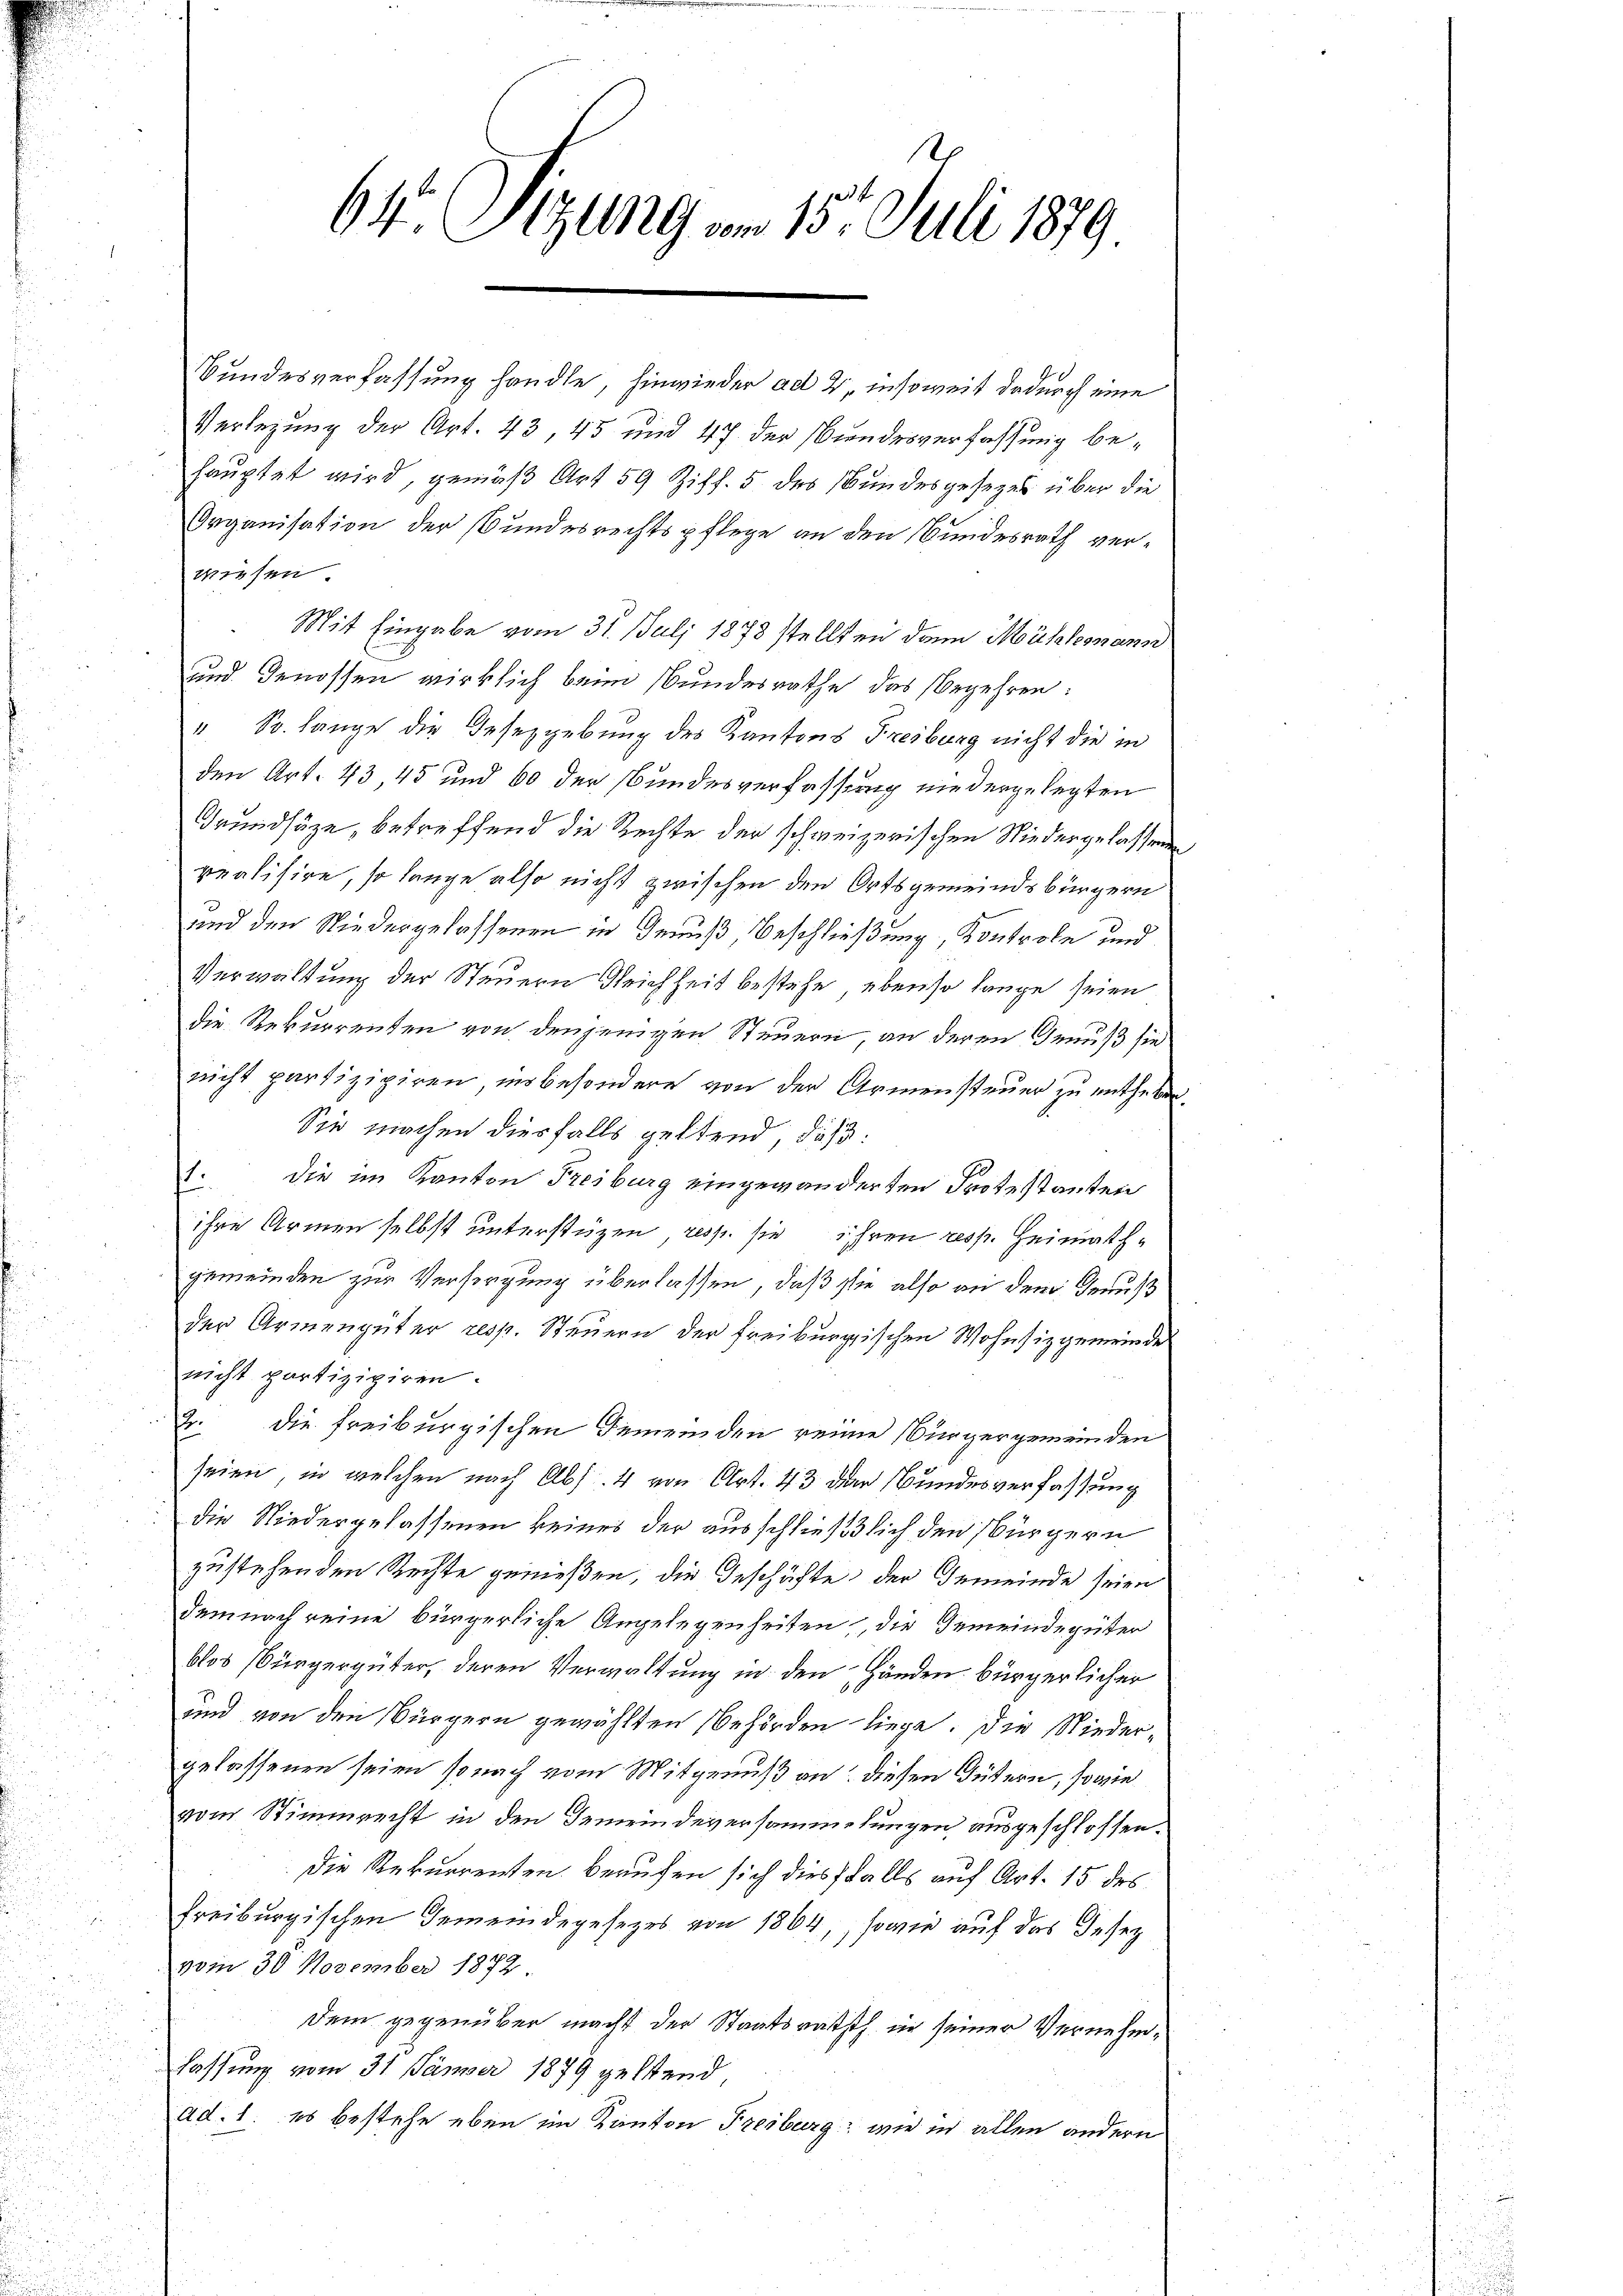
Bundesverfassung handle, hinwieder ad 2, insoweit dadurch eine
Verlegung der Art. 43, 45 und 47 der Bundesverfassung behauptet wird, gemäß Art 59 Ziff. 5 des Bundesgesezes über die
Organisation der Bundesrechtspflege an den Bundesrath verwiesen.
Mit Eingabe vom 31. Juli 1878 stellten dann Mühlemmann
und Genossen wirklich beim Bundesrathe das begehren:
" Sr. lange die Gesetzgebung des Kantons Freiburg nicht die in
den Art. 43, 45 und 60 der Bundesverfassung niedergelegten
Grundsäze, betreffend die Rechte der schweizerischen Niedergelassenen
pealisire, so lange also nicht zwischen den Ortsgemeindsbürgern
und den Niedergelassenen in Genuß, Beschließung, Kontrole und
Verwaltung der Steuern Gleichheit bestehe, ebenso lange seien
die Rekurrenten von denjenigen Steuern, an deren Genuß sie
nicht partizipiren, insbesondere von der Armensteuer zu entheben.
Sie machen diesfalls geltend, daß:
1. die im Kanton Freiburg eingewanderten Protestanten
ihre Armen selbst unterstüzen resp. sie ihren resp. Heimathgemeinden zur Versorgung überlassen, daß sie also an dem Genuß
der Armengüter resp. Steuern der freiburgischen Wohnsizgemeinde
nicht partizipiren.
4. die freiburgischen Gemeinden reine Bürgergemeinden
seien, in welchen nach Abs. 4 von Art. 43 der Bundesverfassung
die Niedergelassenen keines der ausschließlich den bürgern
zustehenden Rechte genießen, die Geschäfte der Gemeinde seien
demnach reine bürgerliche Angelegenheiten, die Gemeindegüter
blos bürgergüter, deren Verwaltung in den Händen bürgerlicher
und von den Bürgern gewählten Behörden liege. Die Niedergelassenen seien so nach vom Mitgenuß an: diesen Gütern, sowie
vom Stimmrecht in den Gemeindeversammelungen ausgeschlossen.
Die Rekurrenten beaufen sich diesfalls auf Art. 15 des
freiburgischen Gemeindegesezes von 1864, sowie auf das Gesez
vom 30. November 1872
dem gegenüber macht der Staatsrath in seiner Vernehmlassung vom 31 Jänner 1879 geltend,
ad. 1. es bestehe eben im Kanton Freiburg, wie in allen andern

64. 129 vom 15. Juli 1879